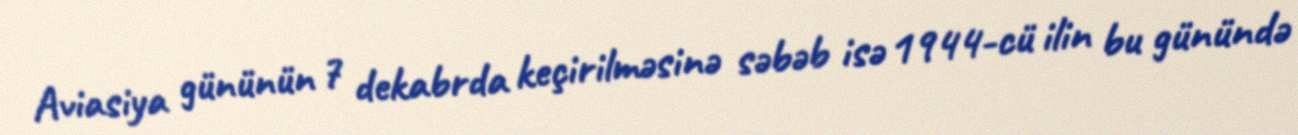
Aviasiya gününün 7 dekabrda keçirilməsinə səbəb isə 1944-cü ilin bu günündə